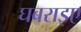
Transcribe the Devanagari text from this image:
घबराइए